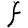
Character: F